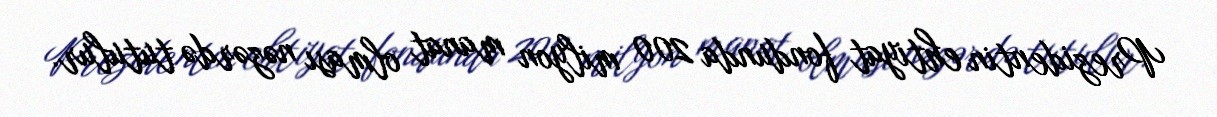
Prezidentin ehtiyat fondunda 200 milyon manat olması nəzərdə tutulur.